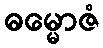
ဓမ္မောဇံ